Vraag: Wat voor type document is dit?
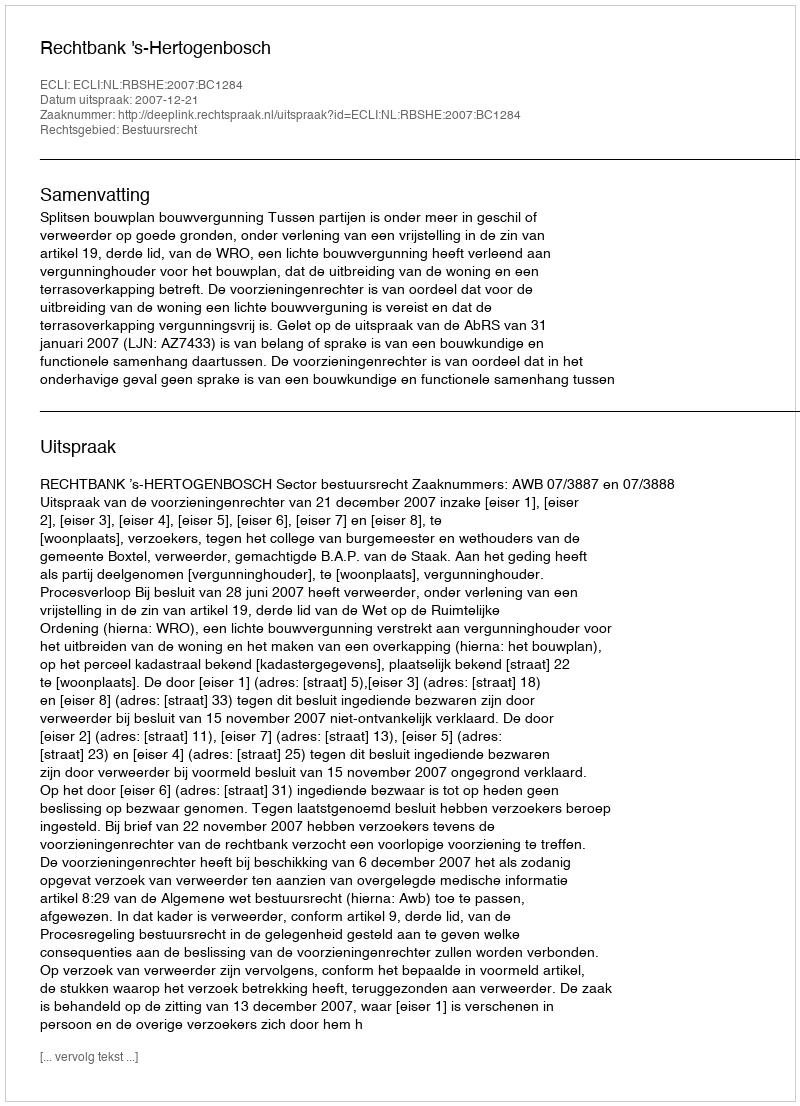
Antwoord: Uitspraak